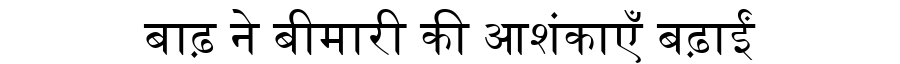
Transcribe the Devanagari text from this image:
बाढ़ ने बीमारी की आशंकाएँ बढ़ाईं